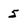
Character: 5